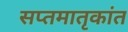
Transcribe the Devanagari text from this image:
सप्तमातृकांत